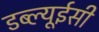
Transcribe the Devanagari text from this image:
डब्ल्यूईसी